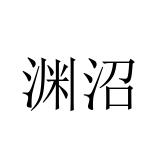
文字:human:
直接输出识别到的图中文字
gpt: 渊沼